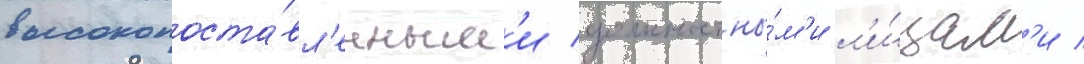
высокопоста́вл'енным'и должностны́м'и л'и́цам'и /